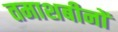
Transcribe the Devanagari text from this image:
तमाशबीनों